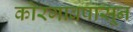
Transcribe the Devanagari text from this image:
कोरगावपासून